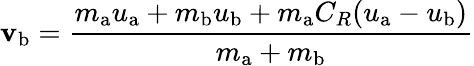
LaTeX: \mathbf{v}_{\mathrm{{b}}}={\frac{{m_{\mathrm{{a}}}u_{\mathrm{{a}}}+m_{\mathrm{{b}}}u_{\mathrm{{b}}}+m_{\mathrm{{a}}}C_{R}(u_{\mathrm{{a}}}-u_{\mathrm{{b}}})}}{{m_{\mathrm{{a}}}+m_{\mathrm{{b}}}}}}